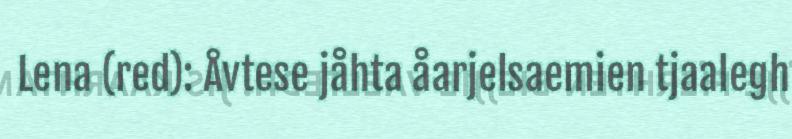
Lena (red): Åvtese jåhta åarjelsaemien tjaalegh